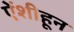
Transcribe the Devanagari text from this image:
ऐंशीहून